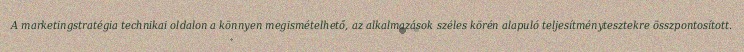
A marketingstratégia technikai oldalon a könnyen megismételhető, az alkalmazások széles körén alapuló teljesítménytesztekre összpontosított.